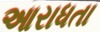
આરાધતા